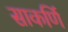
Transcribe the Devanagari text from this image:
साकर्णि